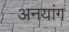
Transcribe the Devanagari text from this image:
अनयांग